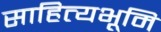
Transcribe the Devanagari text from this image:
साहित्यभूमि